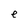
Character: e